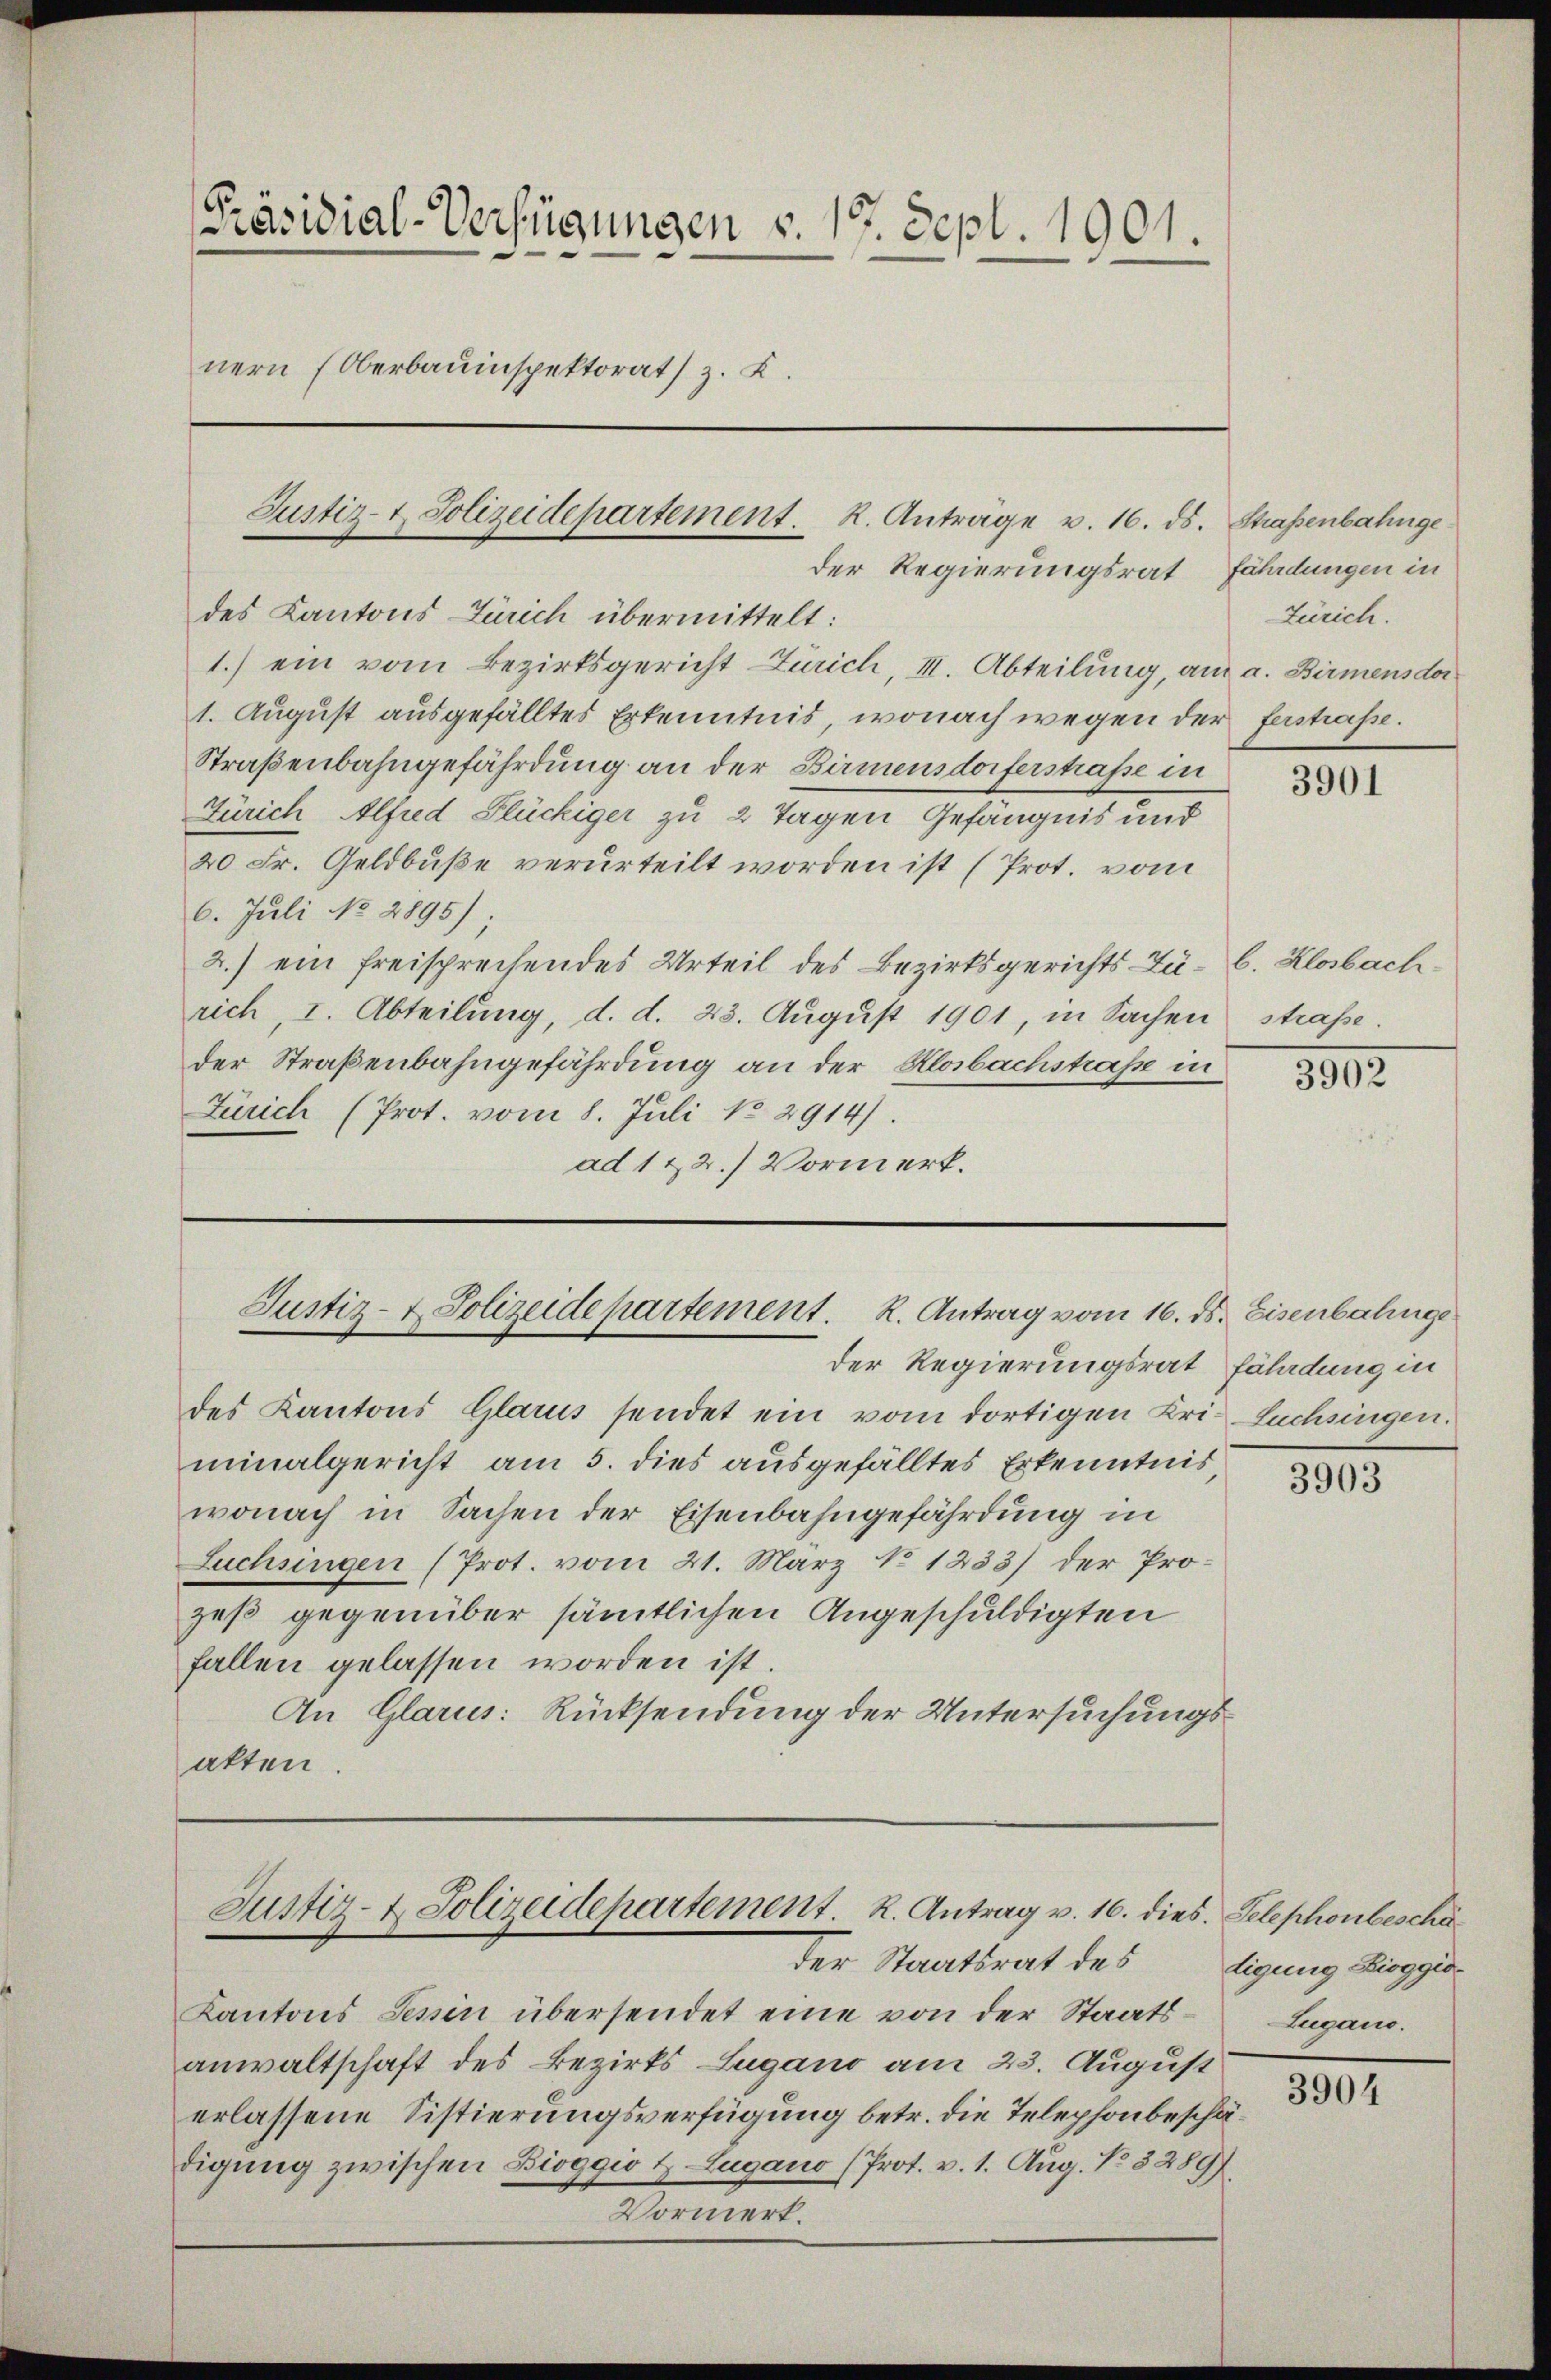
[Präsidial-Verfügungen v. 17. Sept. 1901.
nern (Oberbauinspektorats z. B.

des Kantons Zürich übermittelt:
1.) ein vom Bezirksgericht Zürich, II. Abteilung, am a. Birmensdor
1. August ausgefälltes Erkenntnis, wonach wegen der erstrafe.
Straßenbahngefährdung an der Birmensdorferstrafe in
Zürich Alfred Flückiger zu 2 Tagen Gefängnis und
20 Fr. Geldbuße verurteilt worden ist (Prot. vom
6. Juli No 2895);
2.) ein freisprechendes Urteil des Bezirksgerichts-Zu-C. Klosbachrich, I. Abteilung, d. d. 23. August 1901, in Sachen straße.
der Straßenbahngefährdung an der Klabachstraße in
Zürich (Prot. vom 8. Juli 182914).
ad 1 & 2.) Vormerk.

Justiz- & Polizeidepartement. K. Anträge v. 16. ds. Straßenbahngeder Regierungsrat fährdungen in

Justiz- & Polizeidepartement. K. Antrag vom 16. ds. Eisenbahnge
der Regierungsrat fährdung in

Justiz- & Polizeidepartement. R. Antrag v. 16. dies. Telephonbeschä

des Kantons Glarus sendet ein vom dortigen Uri Euchingen.
minalgericht am 5. dies ausgefälltes Erkenntnis,
wonach in Sachen der Eisenbahngefährdung in
Luchsingen (Prot. vom 21. März No 1233) der Prozeß gegenüber sämtlichen Angeschuldigten
fallen gelassen worden ist.
An Glarus: Rücksendung der Untersuchungsatten.

der Staatsrat des digung Bioggio
Kantons Tessin übersendet eine von der Staatsanwaltschaft des Bezirks Lugano am 23. August
erlassene Sistierungsverfügung betr. die Telephonbeschädigung zwischen Bioggio Z-Lugano (Prot. v. 1. Aug. No 3289)
er
Vorn

Zürich.

3901

3902

3903

Lugano.

3904